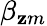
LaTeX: \beta_{\mathbf{z}m}